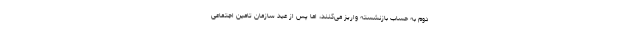
دوم به حساب بازنشسته واریز می‌کنند، اما پس از عید سازمان تامین اجتماعی